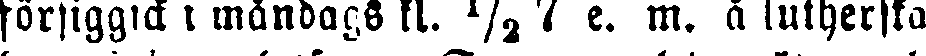
försiggick i måndags kl. ½ 7 e. m. å lutherska